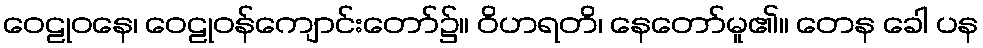
ဝေဠုဝနေ၊ ဝေဠုဝန်ကျောင်းတော်၌။ ဝိဟရတိ၊ နေတော်မူ၏။ တေန ခေါ ပန